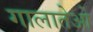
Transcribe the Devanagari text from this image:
गालातेओ